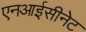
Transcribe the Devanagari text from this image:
एनआईसीनेट